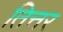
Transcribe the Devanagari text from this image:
तित्तर